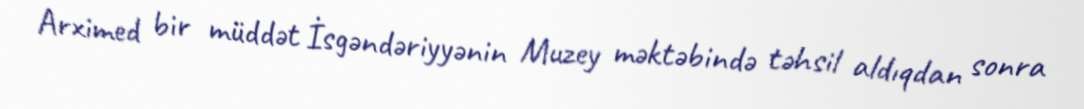
Arximed bir müddət İsgəndəriyyənin Muzey məktəbində təhsil aldıqdan sonra